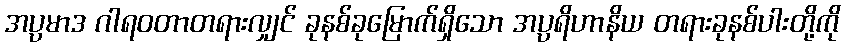
အပ္ပမာဒ ဂါရဝတာတရားလျှင် ခုနစ်ခုမြောက်ရှိသော အပ္ပရိဟာနိယ တရားခုနစ်ပါးတို့ကို